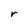
Character: r